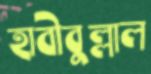
হাবীবুল্লাল